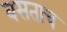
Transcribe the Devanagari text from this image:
बसताच